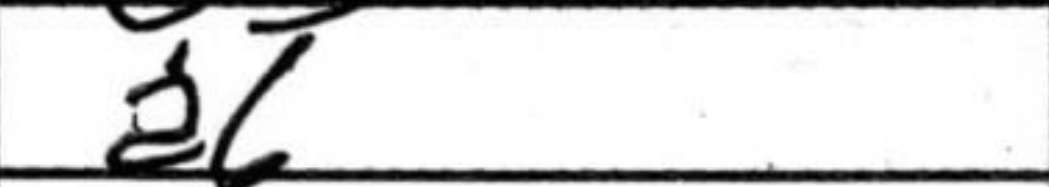
Transcription: a6